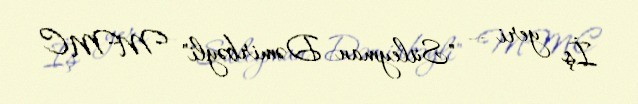
İş yeri — "Süleyman Dəmirbəyli" MMC